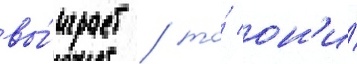
вы́играет / то́ он'и́